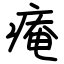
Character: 痷